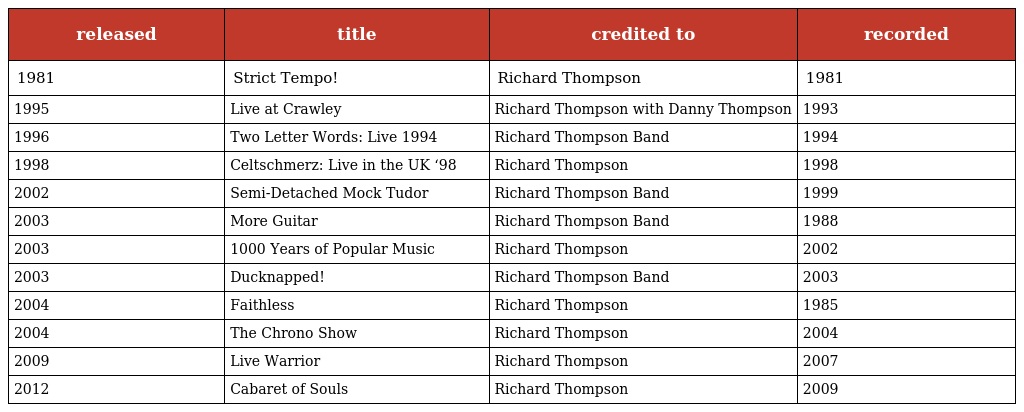
| released | title | credited to | recorded |
 | --- | --- | --- | --- |
 | 1981 | Strict Tempo! | Richard Thompson | 1981 |
 | 1995 | Live at Crawley | Richard Thompson with Danny Thompson | 1993 |
 | 1996 | Two Letter Words: Live 1994 | Richard Thompson Band | 1994 |
 | 1998 | Celtschmerz: Live in the UK ‘98 | Richard Thompson | 1998 |
 | 2002 | Semi-Detached Mock Tudor | Richard Thompson Band | 1999 |
 | 2003 | More Guitar | Richard Thompson Band | 1988 |
 | 2003 | 1000 Years of Popular Music | Richard Thompson | 2002 |
 | 2003 | Ducknapped! | Richard Thompson Band | 2003 |
 | 2004 | Faithless | Richard Thompson | 1985 |
 | 2004 | The Chrono Show | Richard Thompson | 2004 |
 | 2009 | Live Warrior | Richard Thompson | 2007 |
 | 2012 | Cabaret of Souls | Richard Thompson | 2009 |